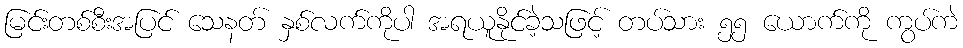
မြင်းတစ်စီးအပြင် သေနတ် နှစ်လက်ကိုပါ အရယူနိုင်ခဲ့သဖြင့် တပ်သား ၅၅ ယောက်ကို ကွပ်ကဲ